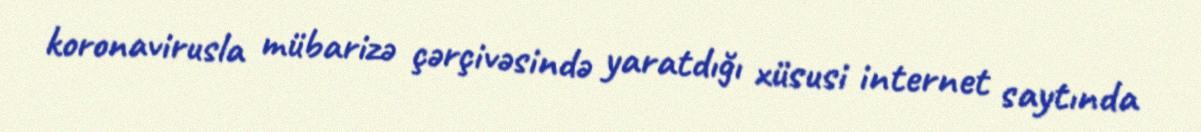
koronavirusla mübarizə çərçivəsində yaratdığı xüsusi internet saytında